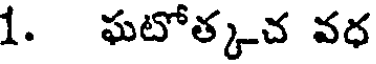
1. ఘటోత్కచ వధ